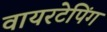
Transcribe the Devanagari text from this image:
वायरटेपिंग